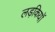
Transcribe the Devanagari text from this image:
लड़कियाॅ